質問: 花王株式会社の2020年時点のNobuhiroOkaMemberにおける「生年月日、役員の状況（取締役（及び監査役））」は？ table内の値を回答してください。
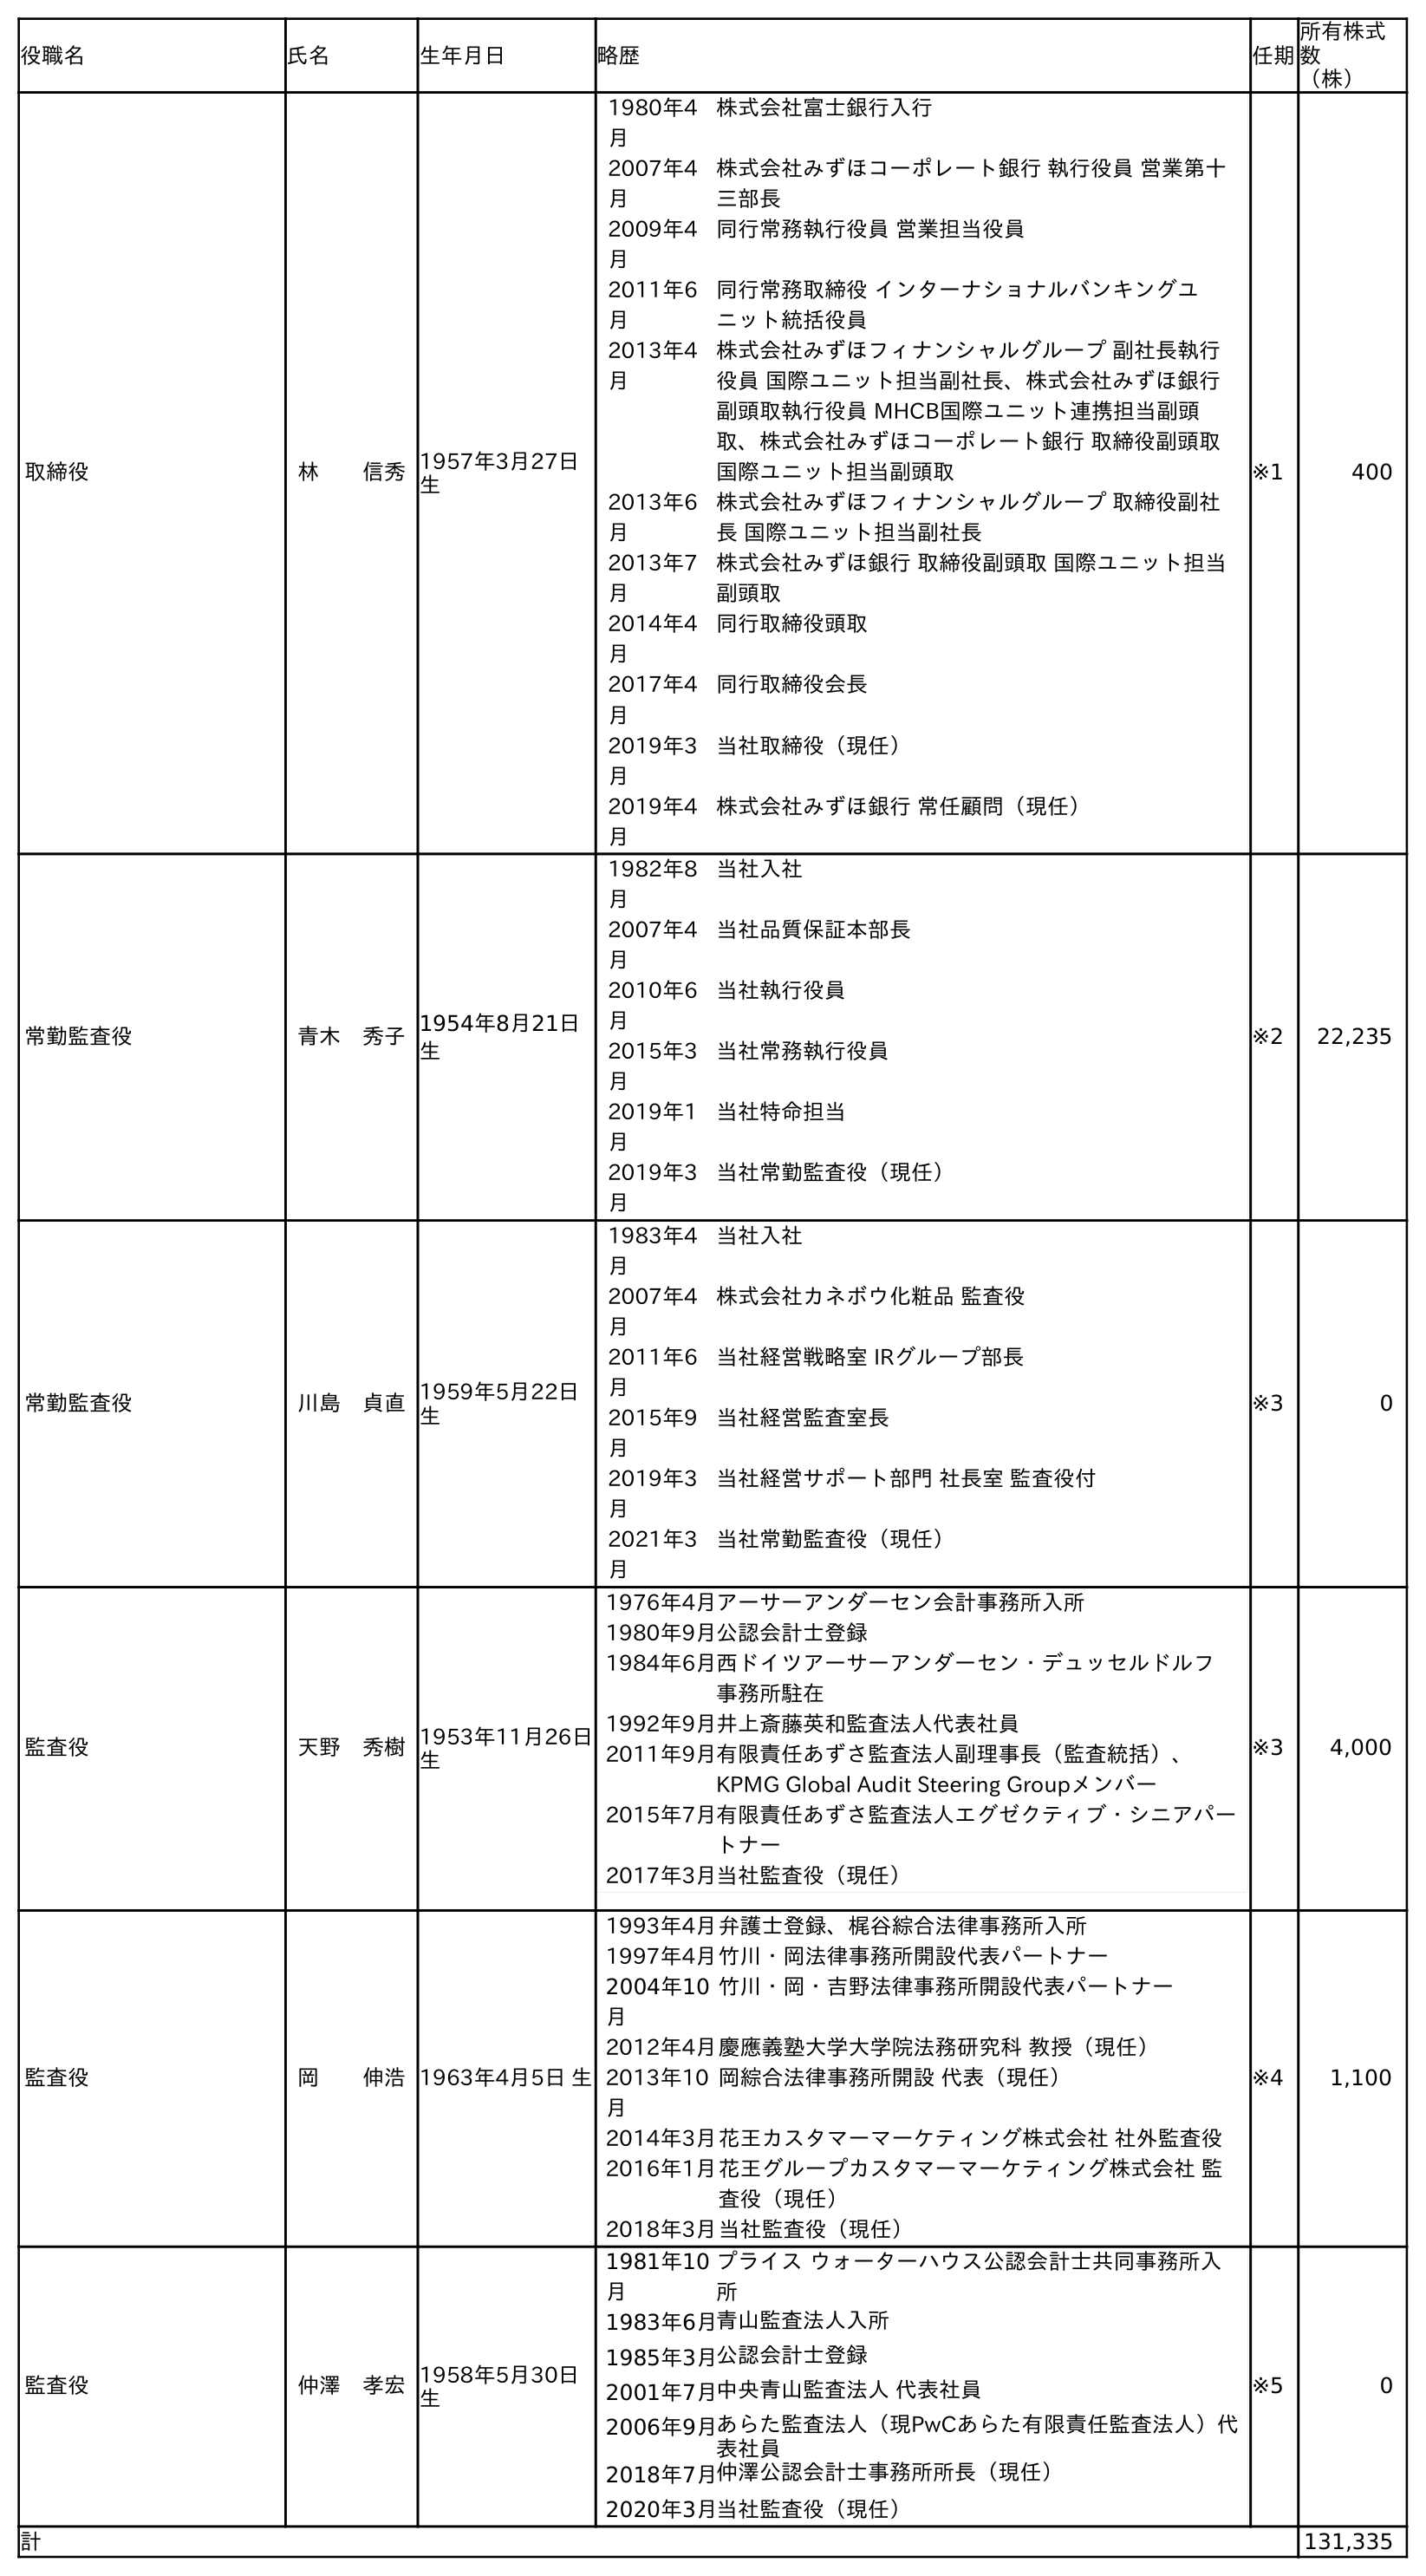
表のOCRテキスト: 役職名 氏名 生年月日 略歴 任期 所有株式 数 （株） 取締役 林  信秀1957年3月27日 生 1980年4 月 株式会社富士銀行入行 2007年4 月 株式会社みずほコーポレート銀行 執行役員 営業第十 三部長 2009年4 月 同行常務執行役員 営業担当役員 2011年6 月 同行常務取締役 インターナショナルバンキングユ ニット統括役員 2013年4 月 株式会社みずほフィナンシャルグループ 副社長執行 役員 国際ユニット担当副社長、株式会社みずほ銀行 副頭取執行役員 MHCB国際ユニット連携担当副頭 取、株式会社みずほコーポレート銀行 取締役副頭取 国際ユニット担当副頭取 2013年6 月 株式会社みずほフィナンシャルグループ 取締役副社 長 国際ユニット担当副社長 2013年7 月 株式会社みずほ銀行 取締役副頭取 国際ユニット担当 副頭取 2014年4 月 同行取締役頭取 2017年4 月 同行取締役会長 2019年3 月 当社取締役（現任） 2019年4 月 株式会社みずほ銀行 常任顧問（現任） ※1 400 常勤監査役 青木 秀子1954年8月21日 生 1982年8 月 当社入社 2007年4 月 当社品質保証本部長 2010年6 月 当社執行役員 2015年3 月 当社常務執行役員 2019年1 月 当社特命担当 2019年3 月 当社常勤監査役（現任） ※2 22,235 常勤監査役 川島 貞直1959年5月22日 生 1983年4 月 当社入社 2007年4 月 株式会社カネボウ化粧品 監査役 2011年6 月 当社経営戦略室 IRグループ部長 2015年9 月 当社経営監査室長 2019年3 月 当社経営サポート部門 社長室 監査役付 2021年3 月 当社常勤監査役（現任） ※3 0 監査役 天野 秀樹1953年11月26日 生 1976年4月アーサーアンダーセン会計事務所入所 1980年9月公認会計士登録 1984年6月西ドイツアーサーアンダーセン・デュッセルドルフ 事務所駐在 1992年9月井上斎藤英和監査法人代表社員 2011年9月有限責任あずさ監査法人副理事長（監査統括）、 KPMG Global Audit Steering Groupメンバー 2015年7月有限責任あずさ監査法人エグゼクティブ・シニアパー トナー 2017年3月当社監査役（現任） ※3 4,000 監査役 岡  伸浩1963年4月5日 生 1993年4月弁護士登録、梶谷綜合法律事務所入所 1997年4月竹川・岡法律事務所開設代表パートナー 2004年10 月 竹川・岡・吉野法律事務所開設代表パートナー 2012年4月慶應義塾大学大学院法務研究科 教授（現任） 2013年10 月 岡綜合法律事務所開設 代表（現任） 2014年3月花王カスタマーマーケティング株式会社 社外監査役 2016年1月花王グループカスタマーマーケティング株式会社 監 査役（現任） 2018年3月当社監査役（現任） ※4 1,100 監査役 仲澤 孝宏1958年5月30日 生 1981年10 月 プライス ウォーターハウス公認会計士共同事務所入 所 1983年6月青山監査法人入所 1985年3月公認会計士登録 2001年7月中央青山監査法人 代表社員 2006年9月あらた監査法人（現PwCあらた有限責任監査法人）代 表社員 2018年7月仲澤公認会計士事務所所長（現任） 2020年3月当社監査役（現任） ※5 0 計 131,335
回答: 1963年4月5日生